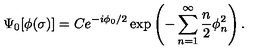
\Psi _ { 0 } [ \phi ( \sigma ) ] = C e ^ { - i \phi _ { 0 } / 2 } \exp \left( - \sum _ { n = 1 } ^ { \infty } \frac { n } { 2 } \phi _ { n } ^ { 2 } \right) .